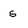
Character: s